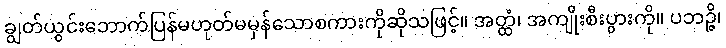
ချွတ်ယွင်းဘောက်ပြန်မဟုတ်မမှန်သောစကားကိုဆိုသဖြင့်။ အတ္ထံ၊ အကျိုးစီးပွားကို။ ပဘဉ္ဇိ၊